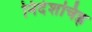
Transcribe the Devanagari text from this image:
निर्देशचिह्न